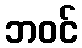
ဘဝင်